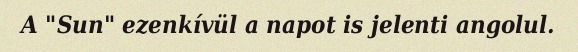
A "Sun" ezenkívül a napot is jelenti angolul.